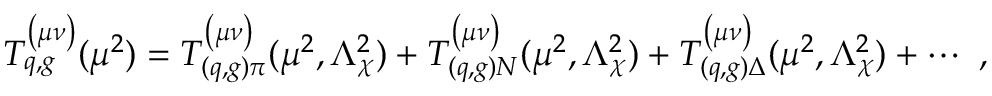
T _ { q , g } ^ { \left( \mu \nu \right) } ( \mu ^ { 2 } ) = T _ { ( q , g ) \pi } ^ { \left( \mu \nu \right) } ( \mu ^ { 2 } , \Lambda _ { \chi } ^ { 2 } ) + T _ { ( q , g ) N } ^ { \left( \mu \nu \right) } ( \mu ^ { 2 } , \Lambda _ { \chi } ^ { 2 } ) + T _ { ( q , g ) \Delta } ^ { \left( \mu \nu \right) } ( \mu ^ { 2 } , \Lambda _ { \chi } ^ { 2 } ) + \cdots \ ,